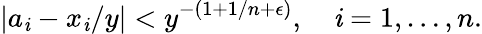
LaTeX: |a_{\mathit{i}}-x_{\mathit{i}}/y|<y^{-(1+1/n+\epsilon)},\quad\mathit{i}=1,\ldots,n.